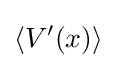
\left\langle V'(x)\right\rangle